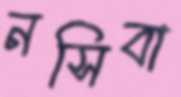
নসিবা